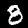
Digit: 8